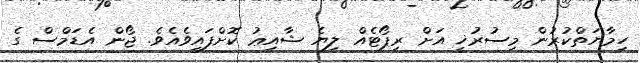
ހިމާޔަތްކުރުން މިސުރުޚީ އަށް ރިޕޯޓެއް ލިޔެ ޝާއިޢު ކޮށްފައިވެއެވެ. ޖޯން އެޑަމްސް ގެ